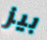
بيز